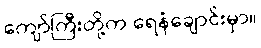
ကျော်ကြီးတို့က ရေနံချောင်းမှာ။